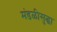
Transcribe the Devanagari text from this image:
मंडळीसुद्धा